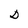
Character: D